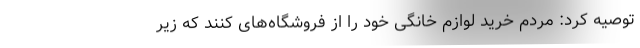
توصیه کرد: مردم خرید لوازم خانگی خود را از فروشگاه‌های کنند که زیر